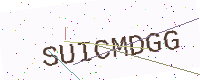
Text: SUICMDGG